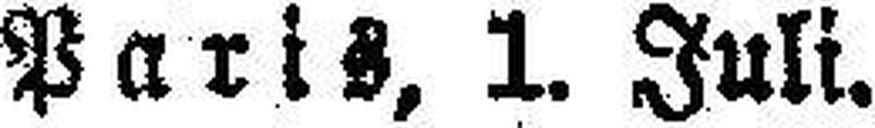
Paris, 1. Juli.